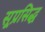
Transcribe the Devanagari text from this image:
सूप्रसिद्ध